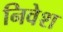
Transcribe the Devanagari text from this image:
निवेश